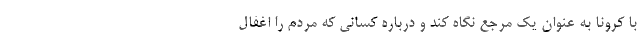
با کرونا به عنوان یک مرجع نگاه کند و درباره کسانی که مردم را اغفال